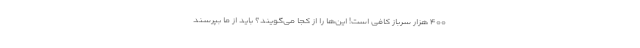
۴۰۰ هزار سرباز کافی است! این‌ها را از کجا می‌گویند؟ باید از ما بپرسند